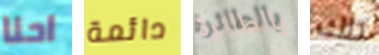
احنا دائمة بالطائرة تلك